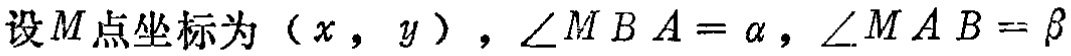
设\(M\)点坐标为\((x,y)\)，\(\angle MBA = \alpha\)，\(\angle MAB = \beta\)